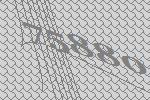
75880